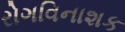
રોગવિનાશક